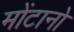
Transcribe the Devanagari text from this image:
मोंटानो